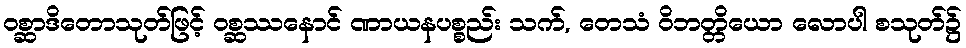
ဝစ္ဆာဒိတောသုတ်ဖြင့် ဝစ္ဆဿနောင် ဏာယနပစ္စည်း သက်, တေသံ ဝိဘတ္တိယော လောပါ စသုတ်၌